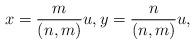
LaTeX: \begin{align*}x = \frac{m}{(n,m)} u, y = \frac{n}{(n,m)} u,\end{align*}